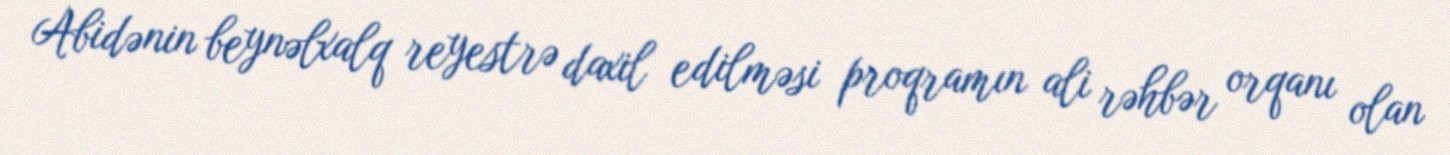
Abidənin beynəlxalq reyestrə daxil edilməsi proqramın ali rəhbər orqanı olan